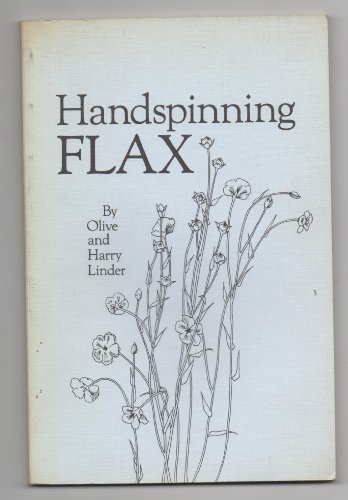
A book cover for Handspinning Flax; Olive Linder; Crafts, Hobbies & Home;